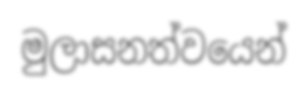
මුලාසනත්වයෙන්